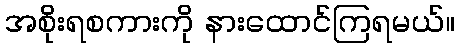
အစိုးရစကားကို နားထောင်ကြရမယ်။